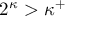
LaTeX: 2 ^ { \kappa } > \kappa ^ { + }